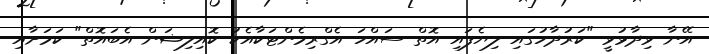
އޭނާ ވިދާޅުވީ "ކަރުދާހުގައި ލިޔެފައި އޮތް ސައްހަ އެގްރިމެންޓަކާއެކު ކޮއިލިޝަން އެބައޮތް" ކަމަށާއި